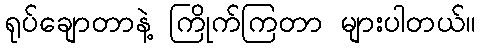
ရုပ်ချောတာနဲ့ ကြိုက်ကြတာ များပါတယ်။